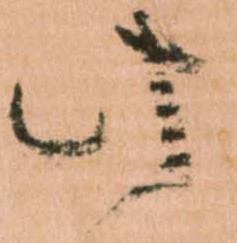
此